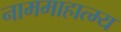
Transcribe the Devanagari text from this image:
नाममाहात्म्य